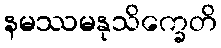
နမဿမနုသိက္ခေတိ